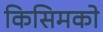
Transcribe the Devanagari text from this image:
किसिमको